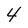
Character: 4